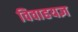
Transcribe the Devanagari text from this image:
विवाहयज्ञ